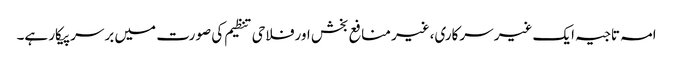
امہ تاجیہ ایک غیر سرکاری،غیر منافع بخش اورفلاحی تنظیم کی صورت میں برسرپیکار ہے۔